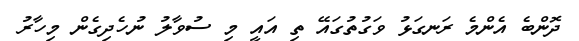
ދޮންބެ އެންމެ ރަނގަޅު ވަގުތުގައޭ ތި އައީ މި ސުވާލު ނުހެދިގެން މިހާރު